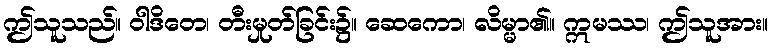
ဤသူသည်။ ဝါဒိတေ၊ တီးမှုတ်ခြင်း၌။ ဆေကော၊ လိမ္မာ၏။ ဣမဿ၊ ဤသူအား။